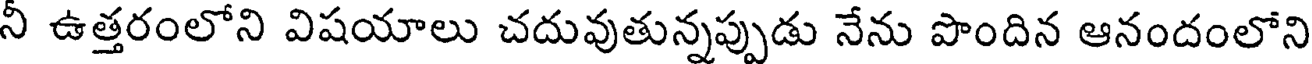
నీ ఉత్తరంలోని విషయాలు చదువుతున్నప్పుడు నేను పొందిన ఆనందంలోని